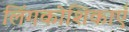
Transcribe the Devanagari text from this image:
लिंगकोशिकाएँ